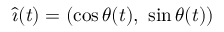
{ \hat { \boldsymbol { \imath } } } ( t ) = ( \cos \theta ( t ) , \ \sin \theta ( t ) )